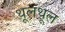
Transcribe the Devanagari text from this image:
थूलथूल